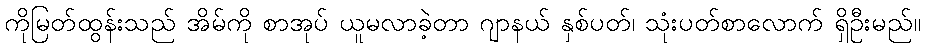
ကိုမြတ်ထွန်းသည် အိမ်ကို စာအုပ် ယူမလာခဲ့တာ ဂျာနယ် နှစ်ပတ်၊ သုံးပတ်စာလောက် ရှိဦးမည်။